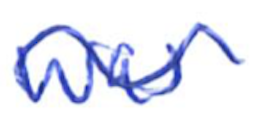
Text: was
Cross-out: wave
Writing tool: ballpoint